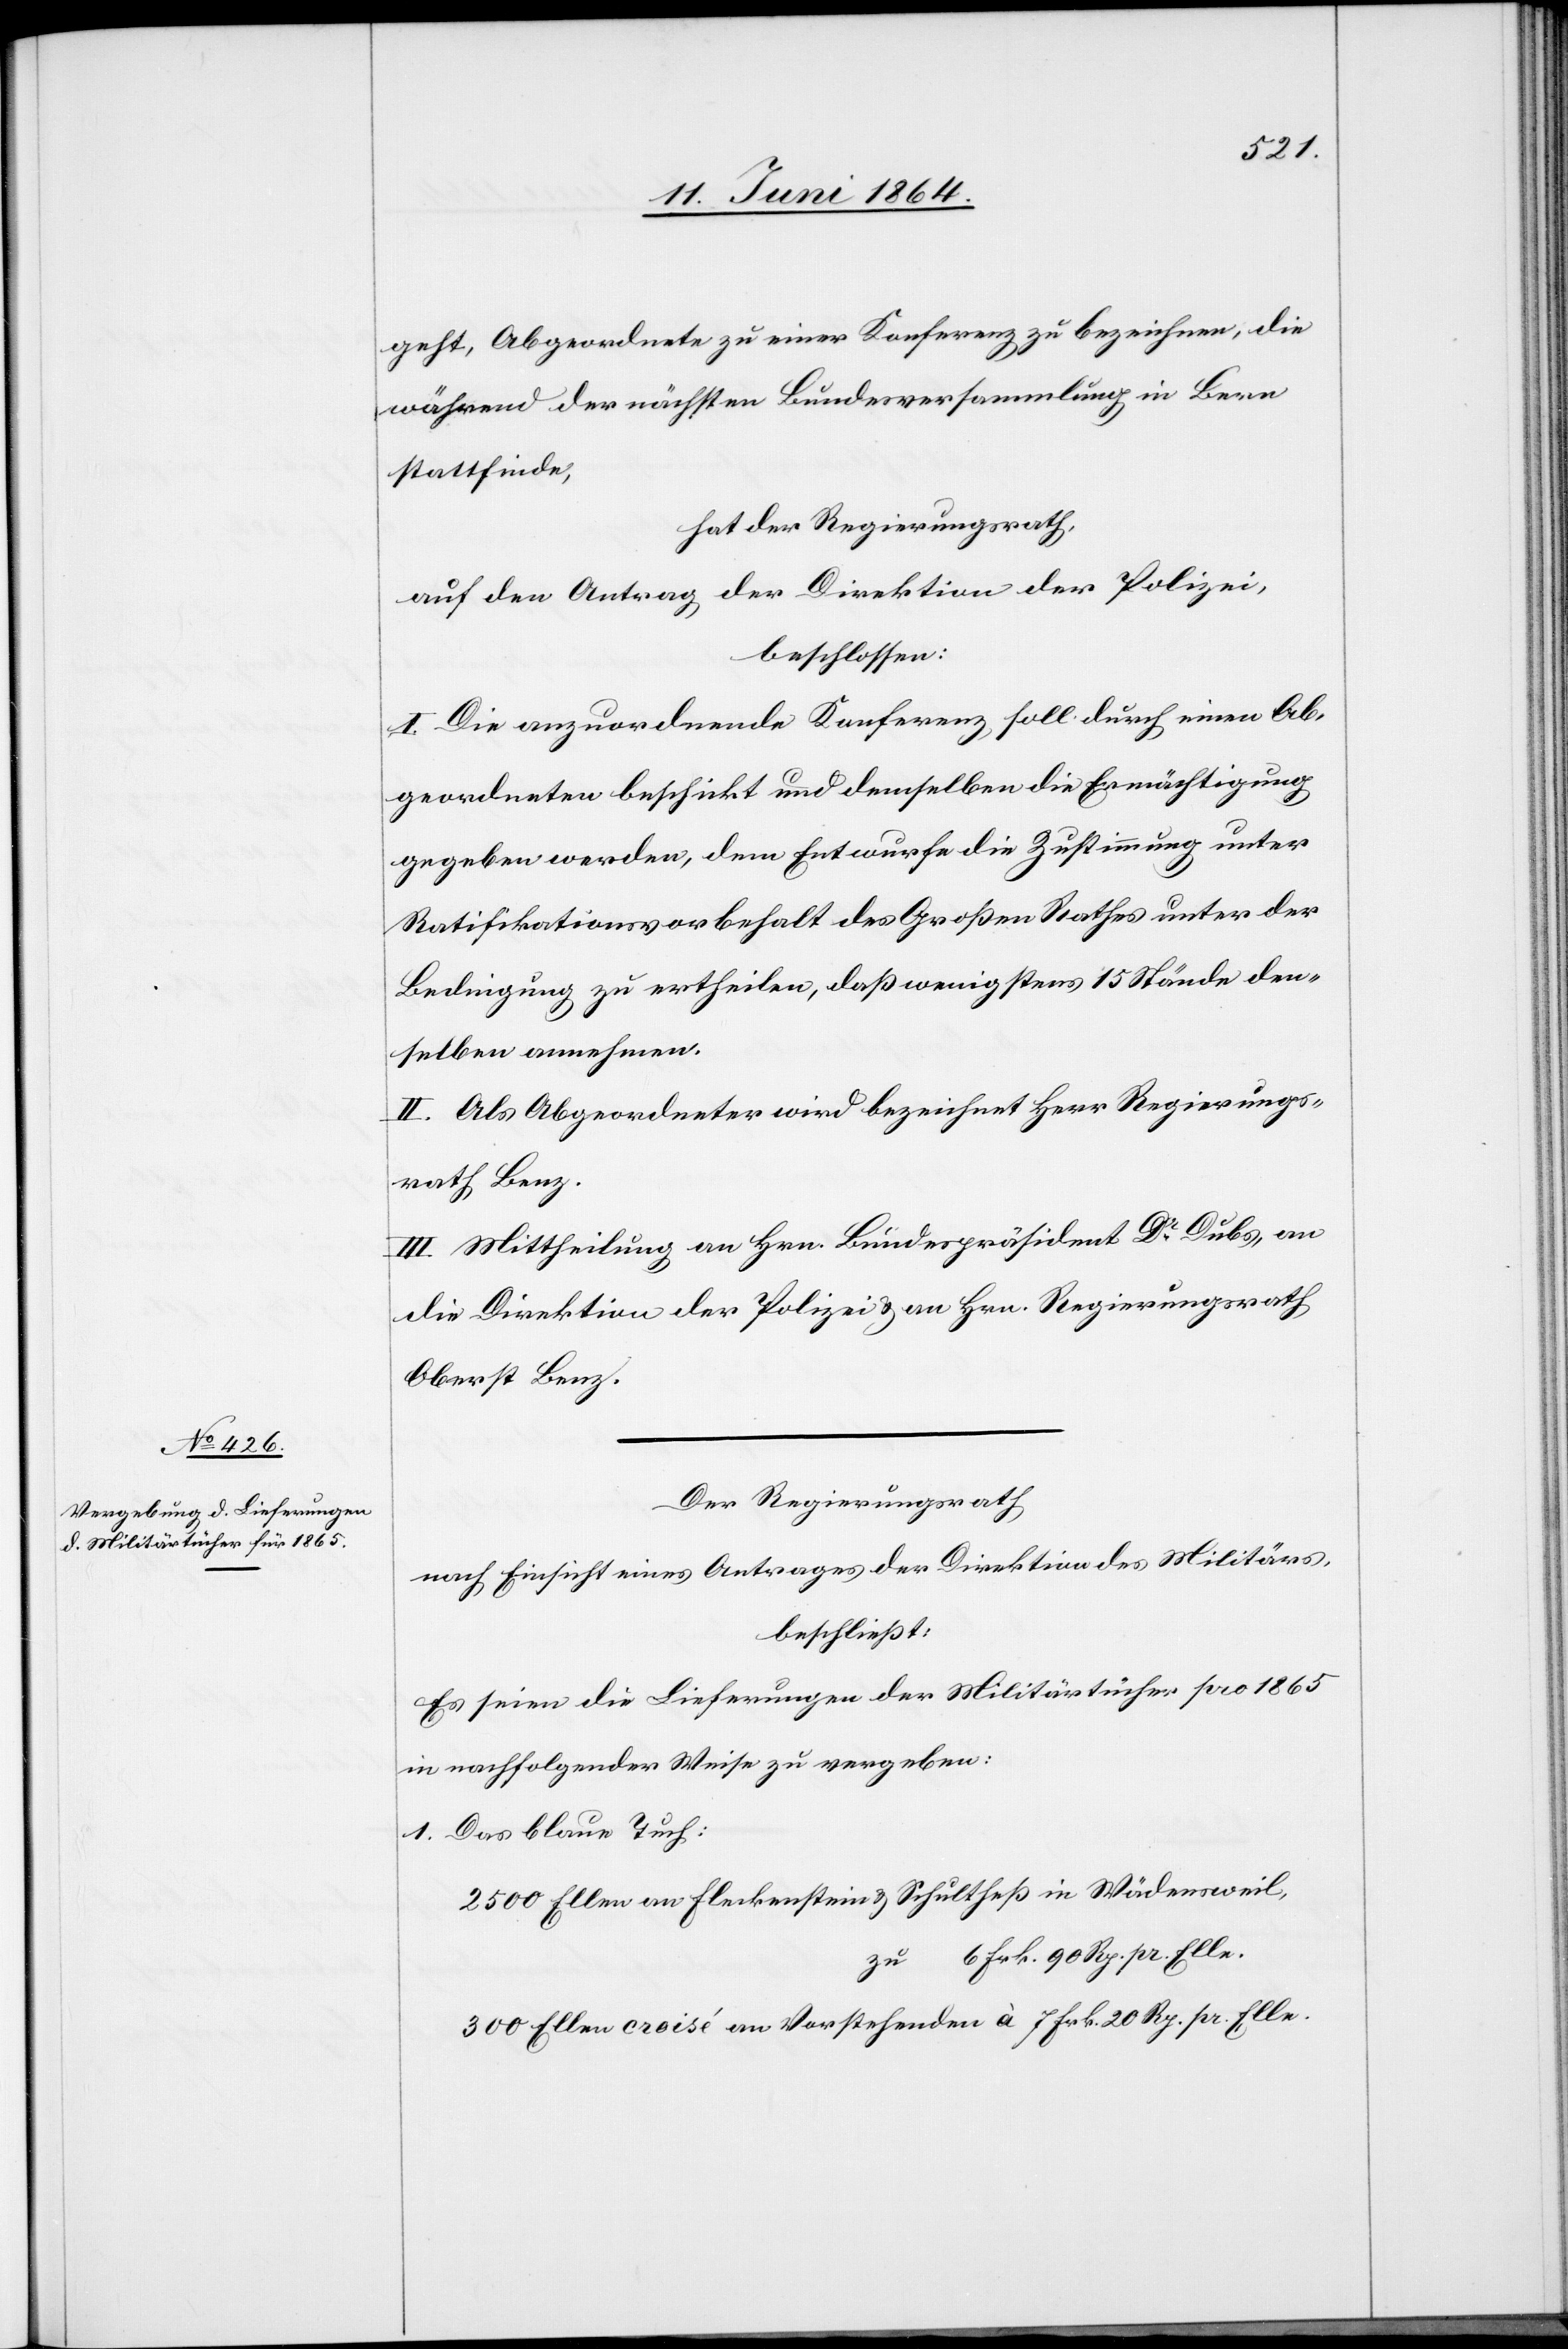
geht, Abgeordnete zu einer Konferenz zu bezeichnen, die
während der nächsten Bundesversammlung in Bern
stattfinde,
hat der Regierungsrath,
auf den Antrag der Direktion der Polizei,
beschlossen:
I. Die anzuordnende Konferenz soll durch einen Ab¬
geordneten beschickt und demselben die Ermächtigung
gegeben werden, dem Entwurfe die Zustimmung unter
Ratifikationsvorbehalt des Großen Rathes unter der
Bedingung zu ertheilen, daß wenigstens 15 Stände den¬
selben annehmen.
II. Als Abgeordneter wird bezeichnet Herr Regierungs¬
rath Benz.
III. Mittheilung an Hrn. Bundespräsident Dr Dubs, an
die Direktion der Polizei u. an Hrn. Regierungsrath
Oberst Benz.
Der Regierungsrath
nach Einsicht eines Antrages der Direktion des Militärs,
beschließt:
Es seien die Lieferungen der Militärtücher pro 1865
in nachfolgender Weise zu vergeben:
1. Das blaue Tuch
2500 Ellen an Fleckenstein u. Schultheß in Wädensweil,
zu 6 Frk. 90 Rp. pr. Elle.
300 Ellen crosé an Vorstehenden	à 7 Frk. 20 Rp. pr. Elle.